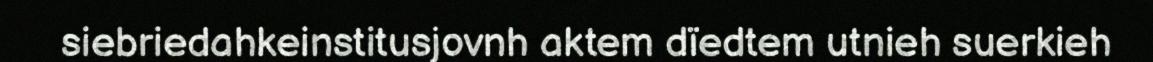
siebriedahkeinstitusjovnh aktem dïedtem utnieh suerkieh